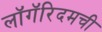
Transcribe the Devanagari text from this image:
लॉगॅरिदमची